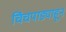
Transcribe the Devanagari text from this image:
चिंचपाड्याहून